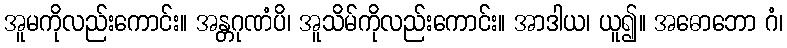
အူမကိုလည်းကောင်း။ အန္တဂုဏံပိ၊ အူသိမ်ကိုလည်းကောင်း။ အာဒါယ၊ ယူ၍။ အဓောဘော ဂံ၊